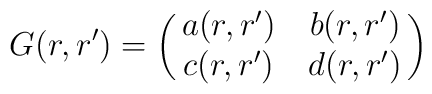
G(r,r^\prime)=\left(\matrix{a(r,r^\prime)&b(r,r^\prime)\cr c(r,r^\prime) &d(r,r^\prime)}\right)